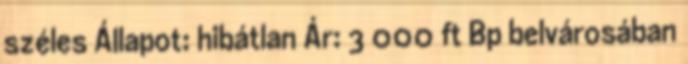
széles Állapot: hibátlan Ár: 3 000 ft Bp belvárosában